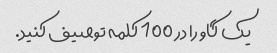
یک گاو را در 100 کلمه توصیف کنید.